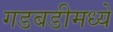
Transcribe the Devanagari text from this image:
गडबडीमध्ये